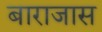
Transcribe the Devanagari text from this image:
बाराजास